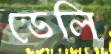
ডেলি